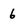
Character: 6